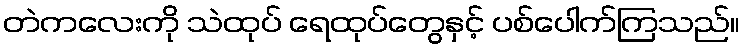
တဲကလေးကို သဲထုပ် ရေထုပ်တွေနှင့် ပစ်ပေါက်ကြသည်။